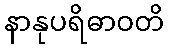
နာနုပရိဓာဝတိ